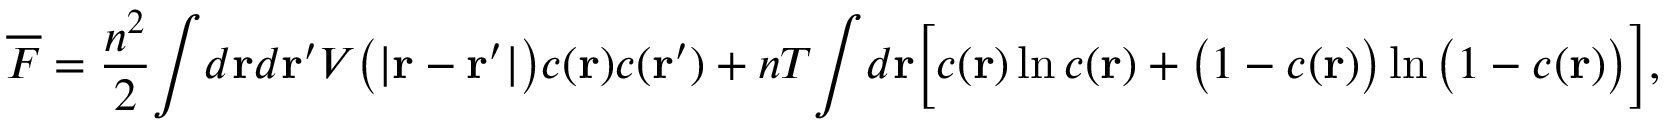
\begin{array} { l } { \displaystyle { \overline { { F } } = \frac { n ^ { 2 } } { 2 } \! \int \! d { \bf r } d { \bf r } ^ { \prime } V \big ( | { \bf r } - { \bf r } ^ { \prime } | \big ) c ( { \bf r } ) c ( { \bf r } ^ { \prime } ) + n T \! \int \! d { \bf r } \Big [ c ( { \bf r } ) \ln c ( { \bf r } ) + \big ( 1 - c ( { \bf r } ) \big ) \ln \big ( 1 - c ( { \bf r } ) \big ) \Big ] , } } \end{array}